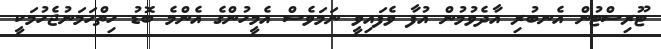
ޓޫރިސްޓުން އެނބުރި އާދެވުމުން އުފާ ވެފައިވީ ނަމަވެސް އެމީހުންގެ އެންމެ ބޮޑު ހިތްހަމަނުޖެހުމަކީ